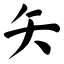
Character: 矢